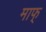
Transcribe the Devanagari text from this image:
माफ्